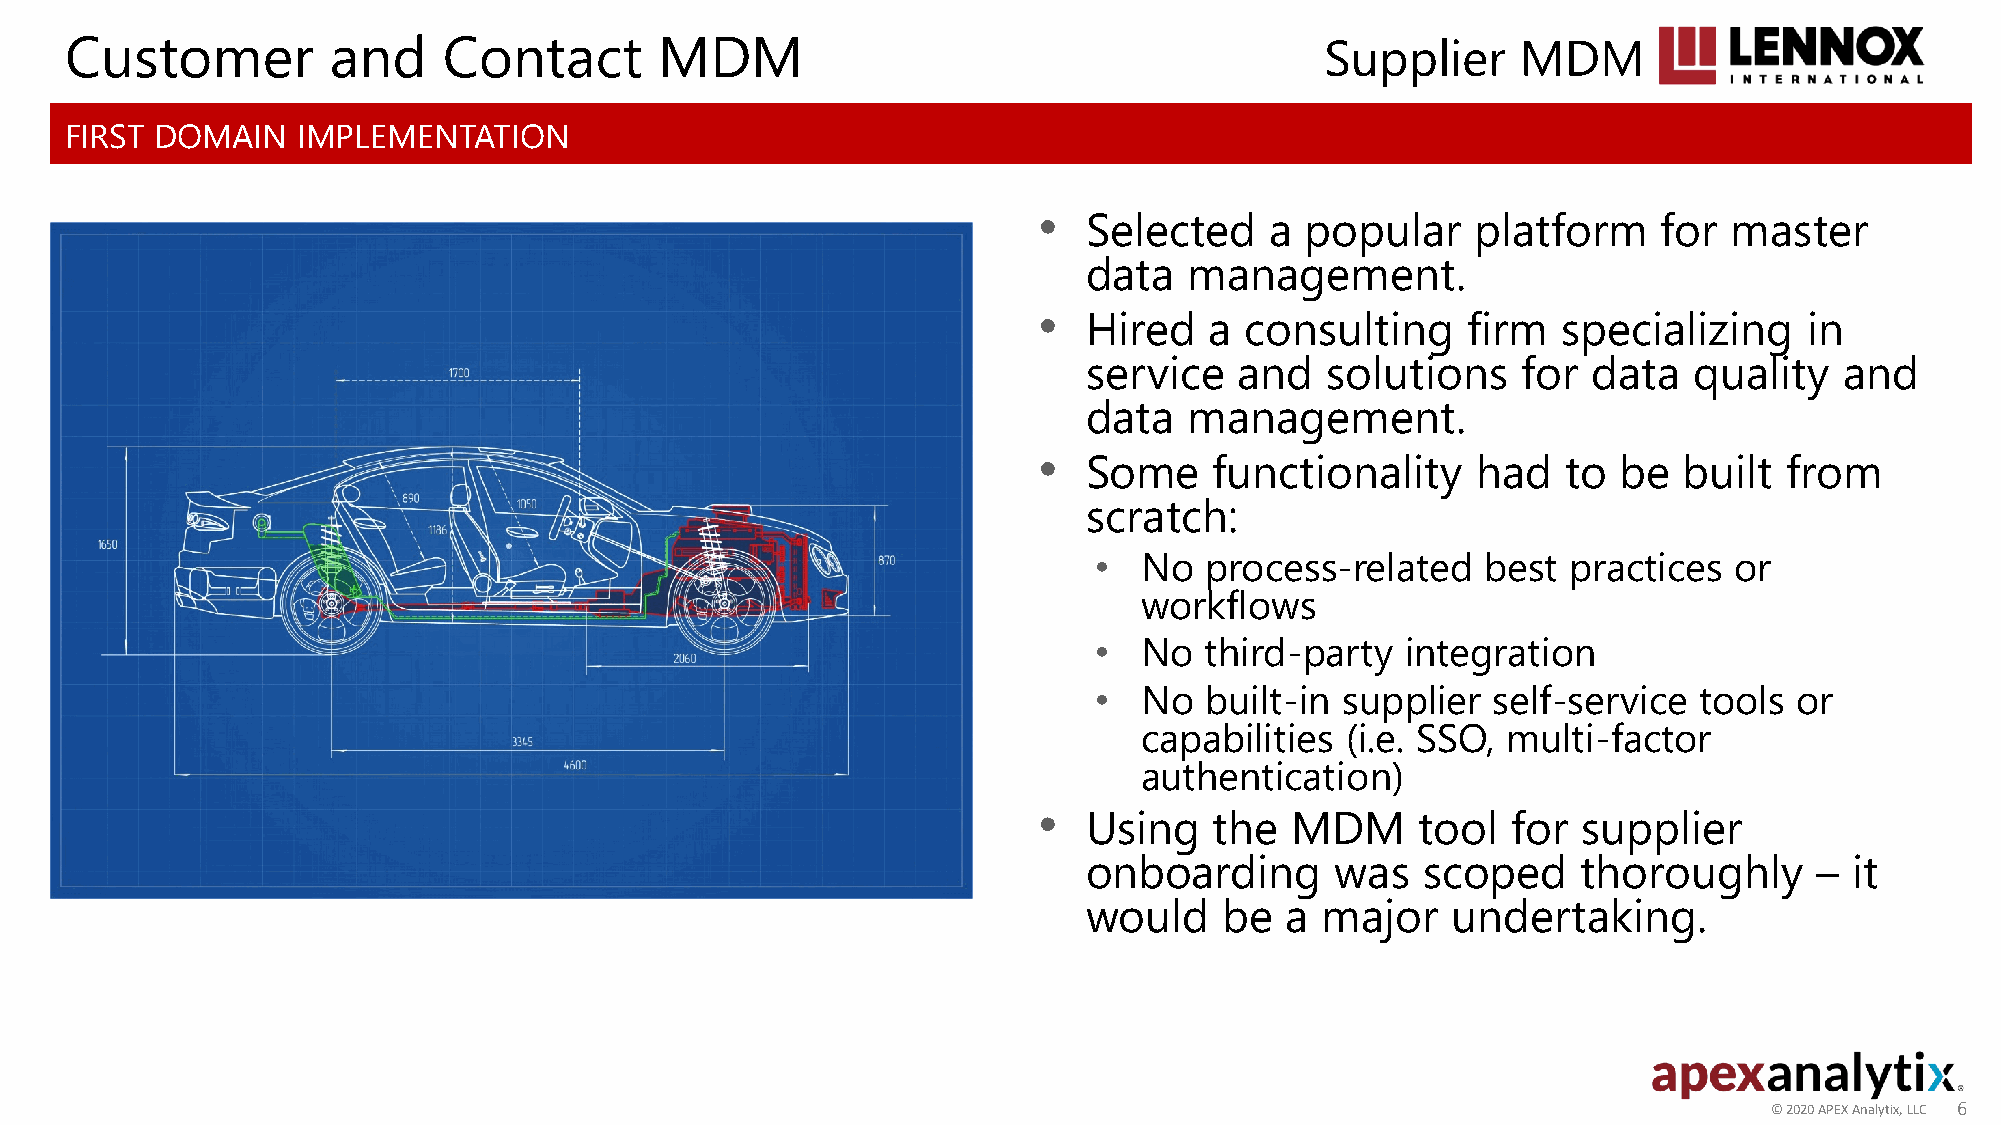
Customer          and    Contact        MDM                                         Supplier     MDM
 FIRST DOMAIN    IMPLEMENTATION
 •
 Selected    a popular     platform    for  master
 data   management.
 •
 Hired   a consulting     firm  specializing     in
 service   and   solutions    for data   quality   and
 data   management.
 •
 Some    functionality     had   to be  built  from
 scratch:
 •   No  process-related   best  practices  or
 workflows
 •   No  third-party  integration
 •   No  built-in supplier  self-service tools  or
 capabilities (i.e. SSO, multi-factor
 authentication)
 •
 Using   the  MDM      tool  for  supplier
 onboarding      was   scoped     thoroughly     –  it
 would    be  a major    undertaking.
 ©© 22002200 AAPPEEXX AAnnaallyyttiixx,, LLLLCC 66